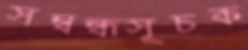
সম্বন্ধসূচক